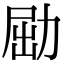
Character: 𠡰